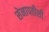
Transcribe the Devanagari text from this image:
सेनापतीशी